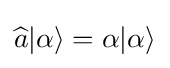
{\widehat {a}}|\alpha \rangle =\alpha |\alpha \rangle